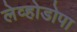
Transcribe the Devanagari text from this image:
लेव्होडोपा